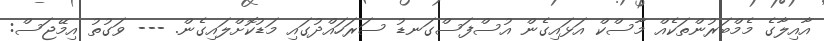
އާއިލާގެ މެމްބަރުންތަކެއް މާސްކް އަޅައިގެން އުސްފަސްގަނޑު ސަރަހައްދުގައި މަޑުކޮށްލައިގެން. --- ވަގުތު އިމޭޖަސް: